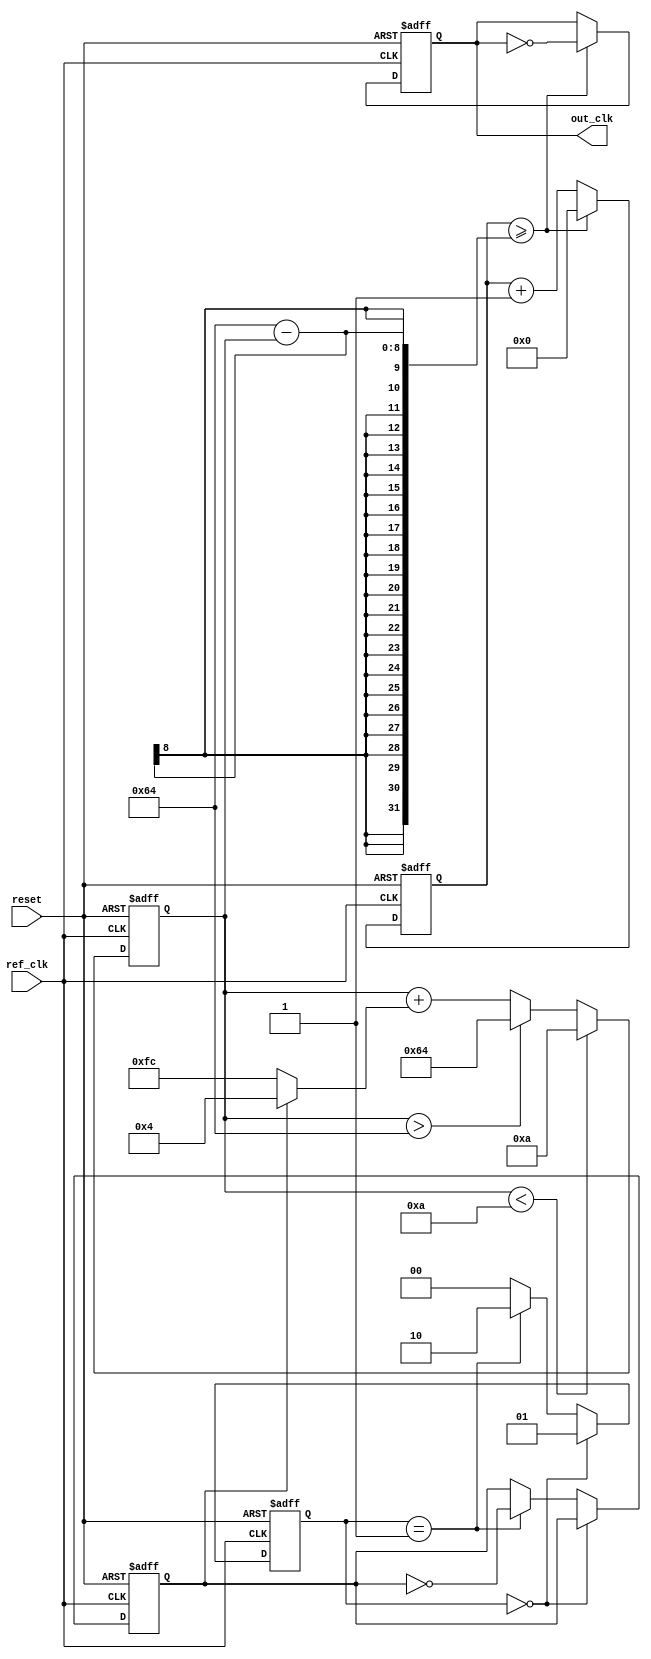
module PLL (
    input wire ref_clk,       // Reference clock input
    input wire reset,         // Reset signal
    output wire out_clk       // Output clock signal
);

// Parameters for the PLL
parameter N = 4;             // Division factor
parameter LOOP_GAIN = 4;     // Loop gain for the phase detector
parameter VCO_MAX_FREQ = 100; // Maximum frequency for the VCO
parameter VCO_MIN_FREQ = 10;  // Minimum frequency for the VCO

// Phase Detector
reg phase_error;
reg [1:0] phase_det_state;
reg [31:0] count; // Simple counter for VCO

always @(posedge ref_clk or posedge reset) begin
    if (reset) begin
        phase_det_state <= 2'b00;
        phase_error <= 0;
    end else begin
        // Simple XOR based Phase Detector
        if (phase_det_state == 2'b00) begin
            phase_det_state <= 2'b01; // Rising edge detected
        end else if (phase_det_state == 2'b01) begin
            phase_error <= ~phase_error; // Toggle phase error
            phase_det_state <= 2'b10; // Transition state
        end else begin
            phase_det_state <= 2'b00; // Reset state
        end
    end
end

// Loop Filter (Simple Proportional Control)
reg [7:0] control_voltage;

always @(posedge ref_clk or posedge reset) begin
    if (reset) begin
        control_voltage <= 8'd0;
    end else begin
        // Adjust control voltage based on phase error
        control_voltage <= control_voltage + (phase_error ? LOOP_GAIN : -LOOP_GAIN);
        // Clamp control voltage to VCO range
        if (control_voltage > VCO_MAX_FREQ) control_voltage <= VCO_MAX_FREQ;
        if (control_voltage < VCO_MIN_FREQ) control_voltage <= VCO_MIN_FREQ;
    end
end

// Voltage-Controlled Oscillator (VCO)
reg [31:0] vco_counter;
reg vco_clk;

always @(posedge ref_clk or posedge reset) begin
    if (reset) begin
        vco_counter <= 32'd0;
        vco_clk <= 1'b0;
    end else begin
        // Simple VCO frequency adjustment based on control voltage
        vco_counter <= vco_counter + 1;
        if (vco_counter >= (100 - control_voltage)) begin
            vco_clk <= ~vco_clk; // Toggle output clock based on control voltage
            vco_counter <= 32'd0; // Reset counter
        end
    end
end

// Output clock signal
assign out_clk = vco_clk;

endmodule